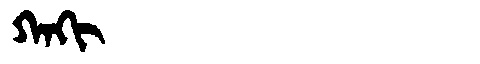
Manchu: ᡴᠠᡴᡳ
Romanization: KAKI